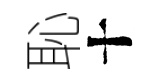
恥十